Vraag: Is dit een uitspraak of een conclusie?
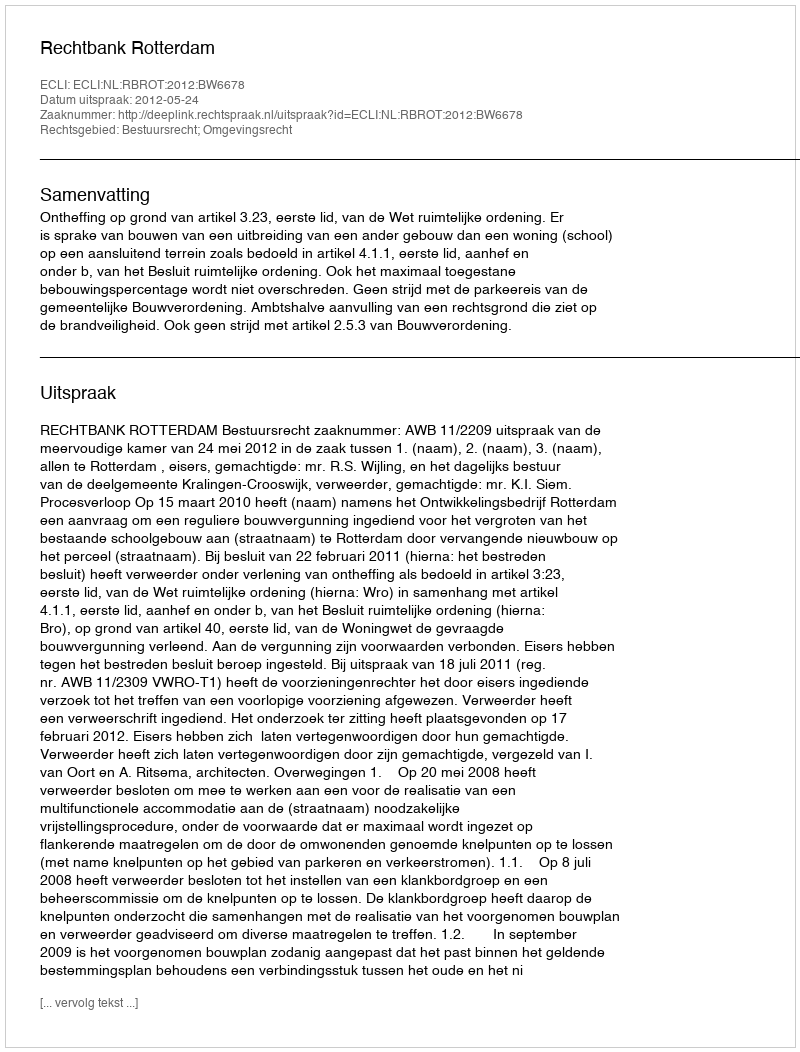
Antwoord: Uitspraak